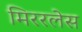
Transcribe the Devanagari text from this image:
मिररलेस